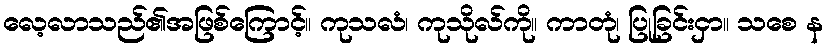
လေ့လာသည်၏အဖြစ်ကြောင့်။ ကုသလံ၊ ကုသိုလ်ကို။ ကာတုံ၊ ပြုခြင်းငှာ။ သစေ န